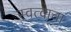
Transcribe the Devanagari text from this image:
स्वत्वाचा